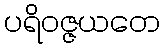
ပရိဝဇ္ဇယတေ